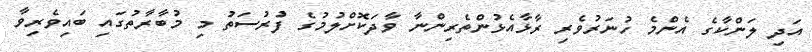
އަދި ލަންކާގެ އެންމެ ހުނަރުވެރި ރާޅާއެޅުންތެރިންނާ ވާދަކޮށްލުމުގެ ފުރުސަތު މި މުބާރާތުގައި ބައިވެރިވާ